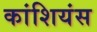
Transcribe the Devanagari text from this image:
कांशियंस